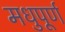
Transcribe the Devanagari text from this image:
मधुपूर्ण